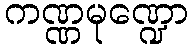
ကဏ္ဏမုဏ္ဍော